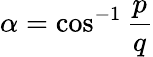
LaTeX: \alpha=\cos^{-1}{\frac{p}{q}}